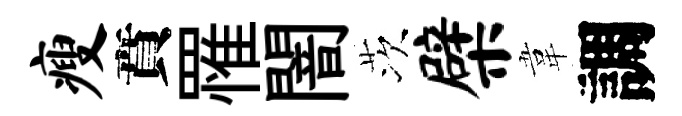
瘦賁罹闇茨檗韋調